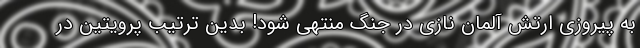
به پیروزی ارتش آلمان نازی در جنگ منتهی شود! بدین ترتیب پرویتین در